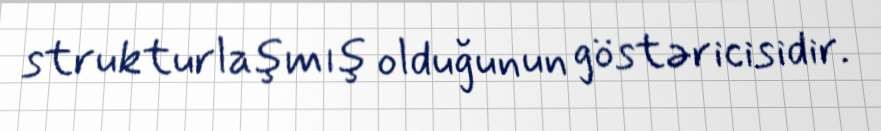
strukturlaşmış olduğunun göstəricisidir.